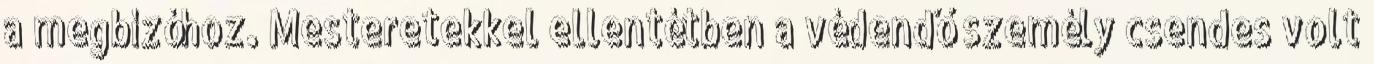
a megbízóhoz. Mesteretekkel ellentétben a védendő személy csendes volt